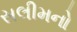
સલીમનો